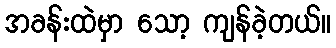
အခန်းထဲမှာ သော့ ကျန်ခဲ့တယ်။